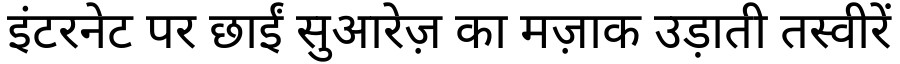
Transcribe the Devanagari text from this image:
इंटरनेट पर छाईं सुआरेज़ का मज़ाक उड़ाती तस्वीरें